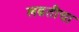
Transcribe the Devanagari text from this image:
लढतीचा